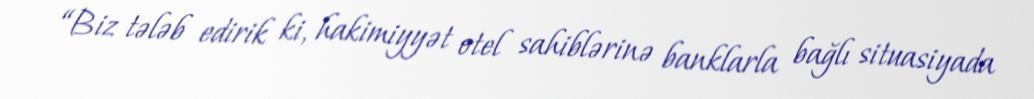
“Biz tələb edirik ki, hakimiyyət otel sahiblərinə banklarla bağlı situasiyada